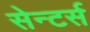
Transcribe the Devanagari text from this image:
सेन्टर्स